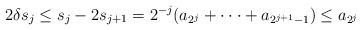
LaTeX: \begin{align*}2\delta s_{j}\leq s_{j}-2s_{j+1}=2^{-j}(a_{2^{j}}+\cdot \cdot \cdot+a_{2^{j+1}-1})\leq a_{2^{j}} \end{align*}